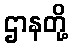
ဌာနတို့